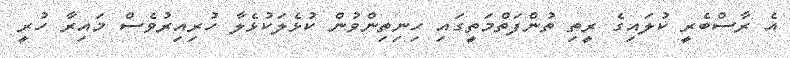
އެ ރާސްބެރީ ކުލައިގެ ރީތި ތުންފަތްމަތީގައި ހިނިތިންވުން ކުޅެލަކުޅެލާ ހުރިއިރުވެސް މައިރާ ހުރީ